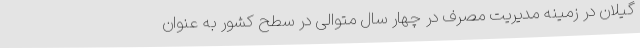
گیلان در زمینه مدیریت مصرف در چهار سال متوالی در سطح کشور به عنوان